Annual report on the Civil Veterinary Department, Burma (including the Insein Veterinary School) - 1923-1931
Year: 1923
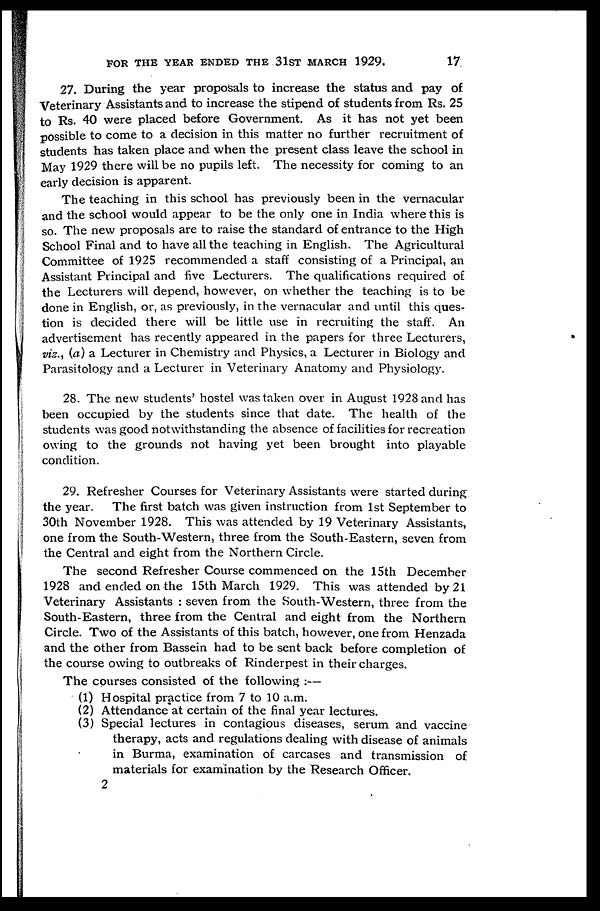
FOR THE YEAR ENDED THE 31ST MARCH 1929.
17
27. During the year proposals to increase the status and pay of
Veterinary Assistants and to increase the stipend of students from Rs. 25
to Rs. 40 were placed before Government. As it has not yet been
possible to come to a decision in this matter no further recruitment of
students has taken place and when the present class leave the school in
May 1929 there will be no pupils left. The necessity for coming to an
early decision is apparent.
The teaching in this school has previously been in the vernacular
and the school would appear to be the only one in India where this is
so. The new proposals are to raise the standard of entrance to the High
School Final and to have all the teaching in English. The Agricultural
Committee of 1925 recommended a staff consisting of a Principal, an
Assistant Principal and five Lecturers. The qualifications required of
the Lecturers will depend, however, on whether the teaching is to be
done in English, or, as previously, in the vernacular and until this ques-
tion is decided there will be little use in recruiting the staff. An
advertisement has recently appeared in the papers for three Lecturers,
viz., (a) a Lecturer in Chemistry and Physics, a Lecturer in Biology and
Parasitology and a Lecturer in Veterinary Anatomy and Physiology.
28. The new students' hostel was taken over in August 1928 and has
been occupied by the students since that date. The health of the
students was good notwithstanding the absence of facilities for recreation
owing to the grounds not having yet been brought into playable
condition.
29. Refresher Courses for Veterinary Assistants were started during
the year. The first batch was given instruction from 1st September to
30th November 1928. This was attended by 19 Veterinary Assistants,
one from the South-Western, three from the South-Eastern, seven from
the Central and eight from the Northern Circle.
The second Refresher Course commenced on the 15th December
1928 and ended on the 15th March 1929. This was attended by 21
Veterinary Assistants : seven from the South-Western, three from the
South-Eastern, three from the Central and eight from the Northern
Circle. Two of the Assistants of this batch, however, one from Henzada
and the other from Bassein had to be sent back before completion of
the course owing to outbreaks of Rinderpest in their charges.
The courses consisted of the following :—
(1) Hospital practice from 7 to 10 a.m.
(2) Attendance at certain of the final year lectures.
(3) Special lectures in contagious diseases, serum and vaccine
therapy, acts and regulations dealing with disease of animals
in Burma, examination of carcases and transmission of
materials for examination by the Research Officer.
2